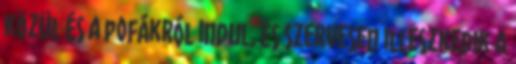
közül és a pofákról indul, és szervesen illeszkedik a